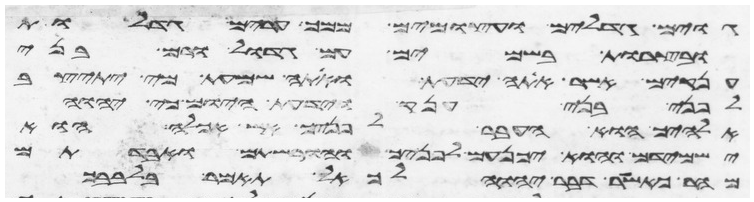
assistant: גוים גדלים ועצמים ממך ערים גדלות
ובצרות בשמים עם גדול ורם בני
ענקים אשר אתה ידעת ואתה שמעת מי יתיצב
לפני בני ענק וידעת היום כי יהוה
אלהיך הוא העבר לפניך אש אכלה הוא
ישמידם והוא יכנעם לפניך והורשתם ואבדתם
מהר כאשר דבר יהוה לך אל תאמר בלבבך